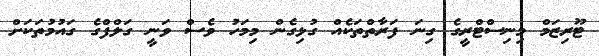
ޓޫރިޒަމް މިނިސްޓްރީގެ ގިނަ ފަރާތްތަކެއް ގުޅިގެން މިމަހު ވެސް ވަނީ ގަލްފްގެ ގައުމުތަކަށް